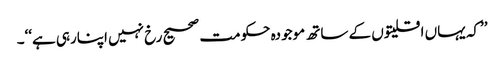
’’کہ یہاں اقلیتوں کے ساتھ موجودہ حکومت صحیح رخ نہیں اپنارہی ہے‘‘۔